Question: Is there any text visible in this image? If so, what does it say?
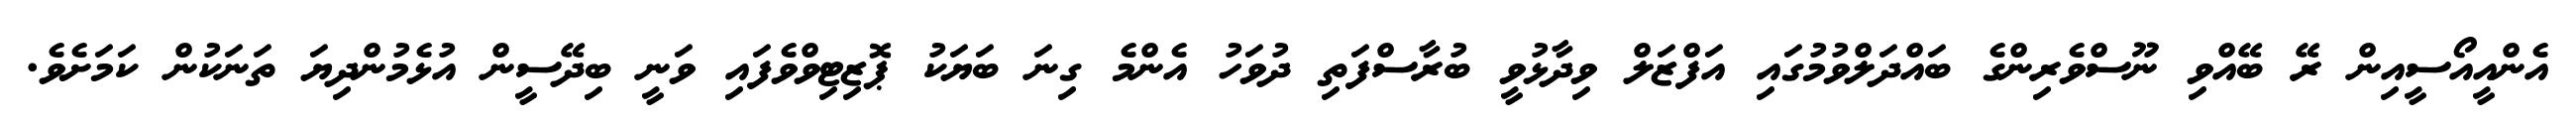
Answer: އެންއީއޯސީއިން ރޭ ބޭއްވި ނޫސްވެރިންގެ ބައްދަލްވުމުގައި އަފްޒަލް ވިދާޅުވީ ބުރާސްފަތި ދުވަހު އެންމެ ގިނަ ބަޔަކު ޕޮޒިޓިވްވެފައި ވަނީ ބިދޭސީން އުޅެމުންދިޔަ ތަނަކުން ކަމަށެވެ.